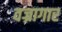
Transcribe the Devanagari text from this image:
वज्रागार